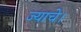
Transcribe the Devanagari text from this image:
ज्याचे।